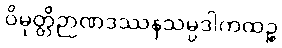
ဝိမုတ္တိဉာဏဒဿနသမ္ပဒါကထဉ္စ